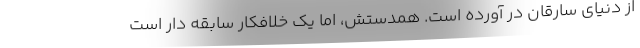
از دنیای سارقان در آورده است. همدستش، اما یک خلافکار سابقه دار است